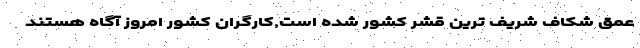
عمق شکاف شریف ترین قشر کشور شده است,کارگران کشور امروز آگاه هستند